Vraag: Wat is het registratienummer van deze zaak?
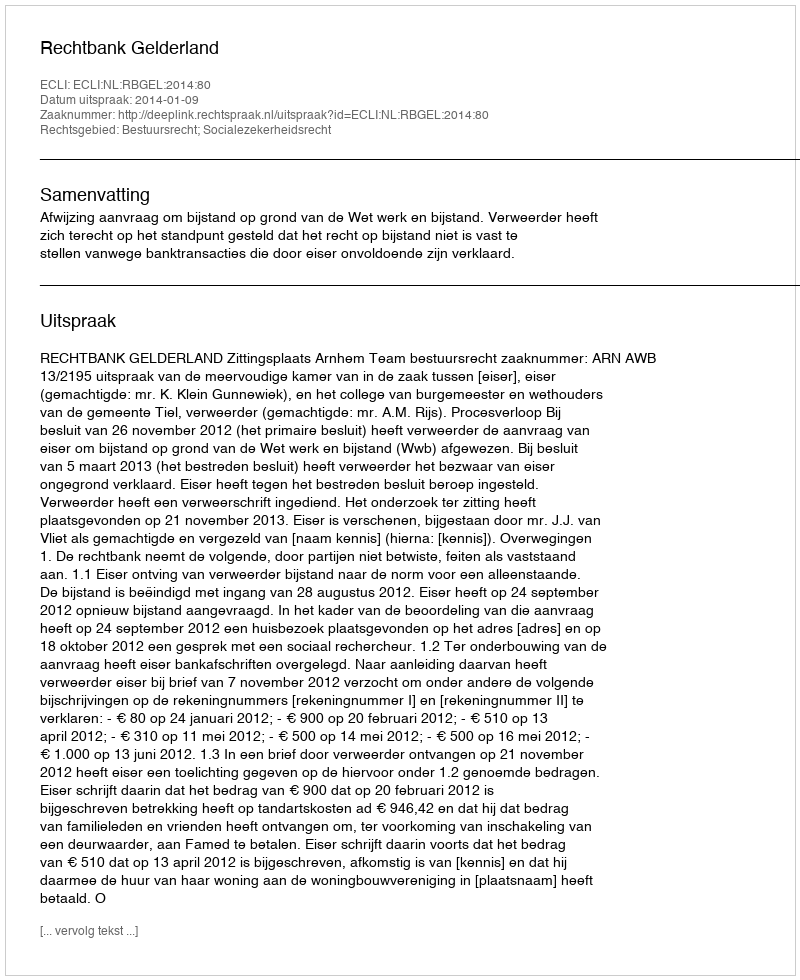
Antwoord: http://deeplink.rechtspraak.nl/uitspraak?id=ECLI:NL:RBGEL:2014:80